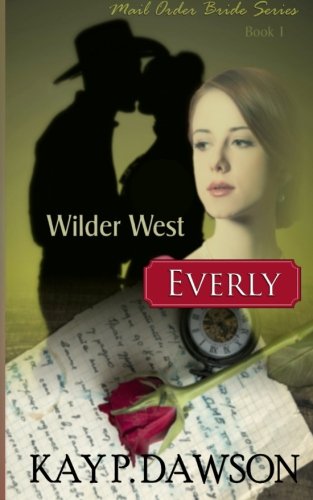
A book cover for Everly: Mail Order Bride Series Book 1 (Wilder West) (Volume 1); Kay P. Dawson; Romance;